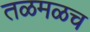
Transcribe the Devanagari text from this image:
तळमळच